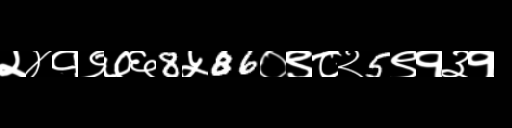
Text: २४१९७६8५86०९८२5९१३१